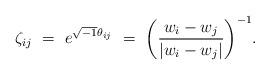
LaTeX: \begin{align*} \zeta_{ij}\,\,=\,\, e^{\sqrt{-1}\theta_{ij}} \,\,=\,\, \biggl(\frac{w_i-w_j}{|w_i-w_j|}\biggr)^{-1}. \end{align*}